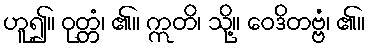
ဟူ၍။ ဝုတ္တံ၊ ၏။ ဣတိ၊ သို့။ ဝေဒိတဗ္ဗံ၊ ၏။